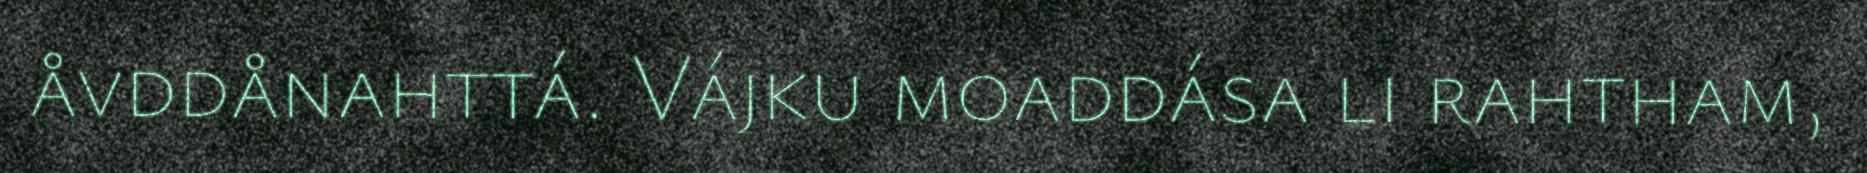
åvddånahttá. Vájku moaddása li rahtham,